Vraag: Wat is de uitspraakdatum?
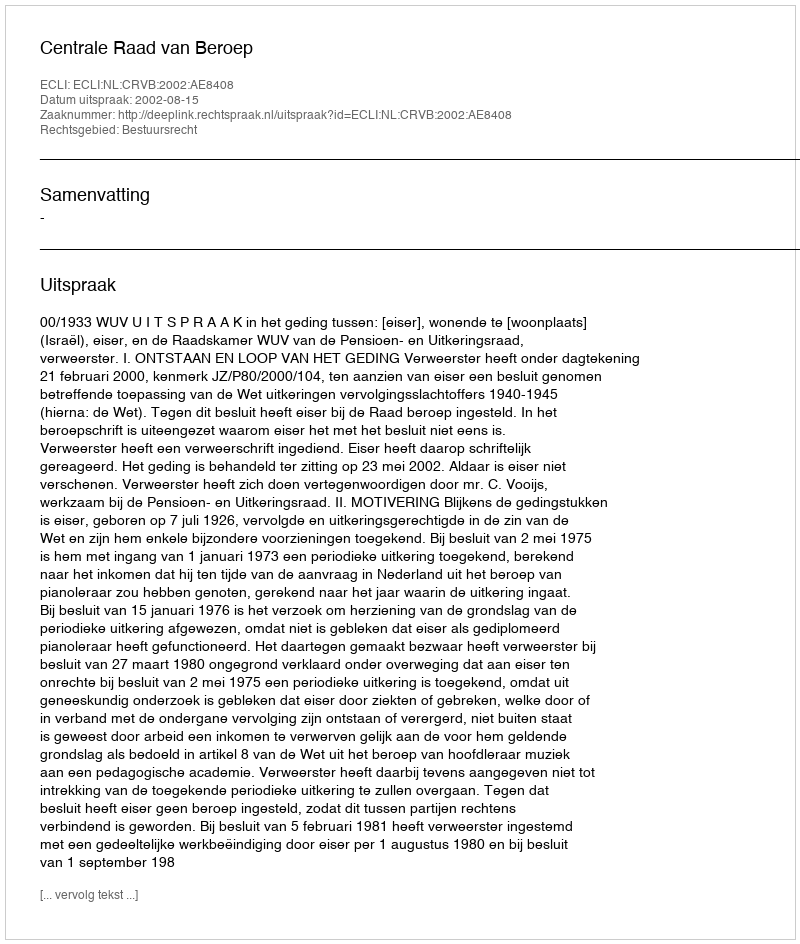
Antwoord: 2002-08-15